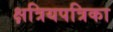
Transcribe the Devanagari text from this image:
क्षत्रियपत्रिका